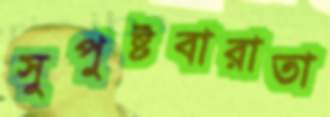
সুপুষ্টবারাতা